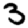
Digit: 3